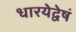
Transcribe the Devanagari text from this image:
धारयेद्वेषं